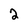
Character: 2